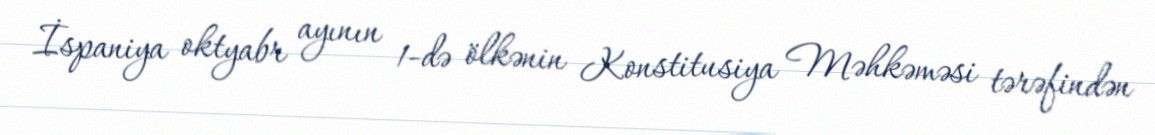
İspaniya oktyabr ayının 1-də ölkənin Konstitusiya Məhkəməsi tərəfindən